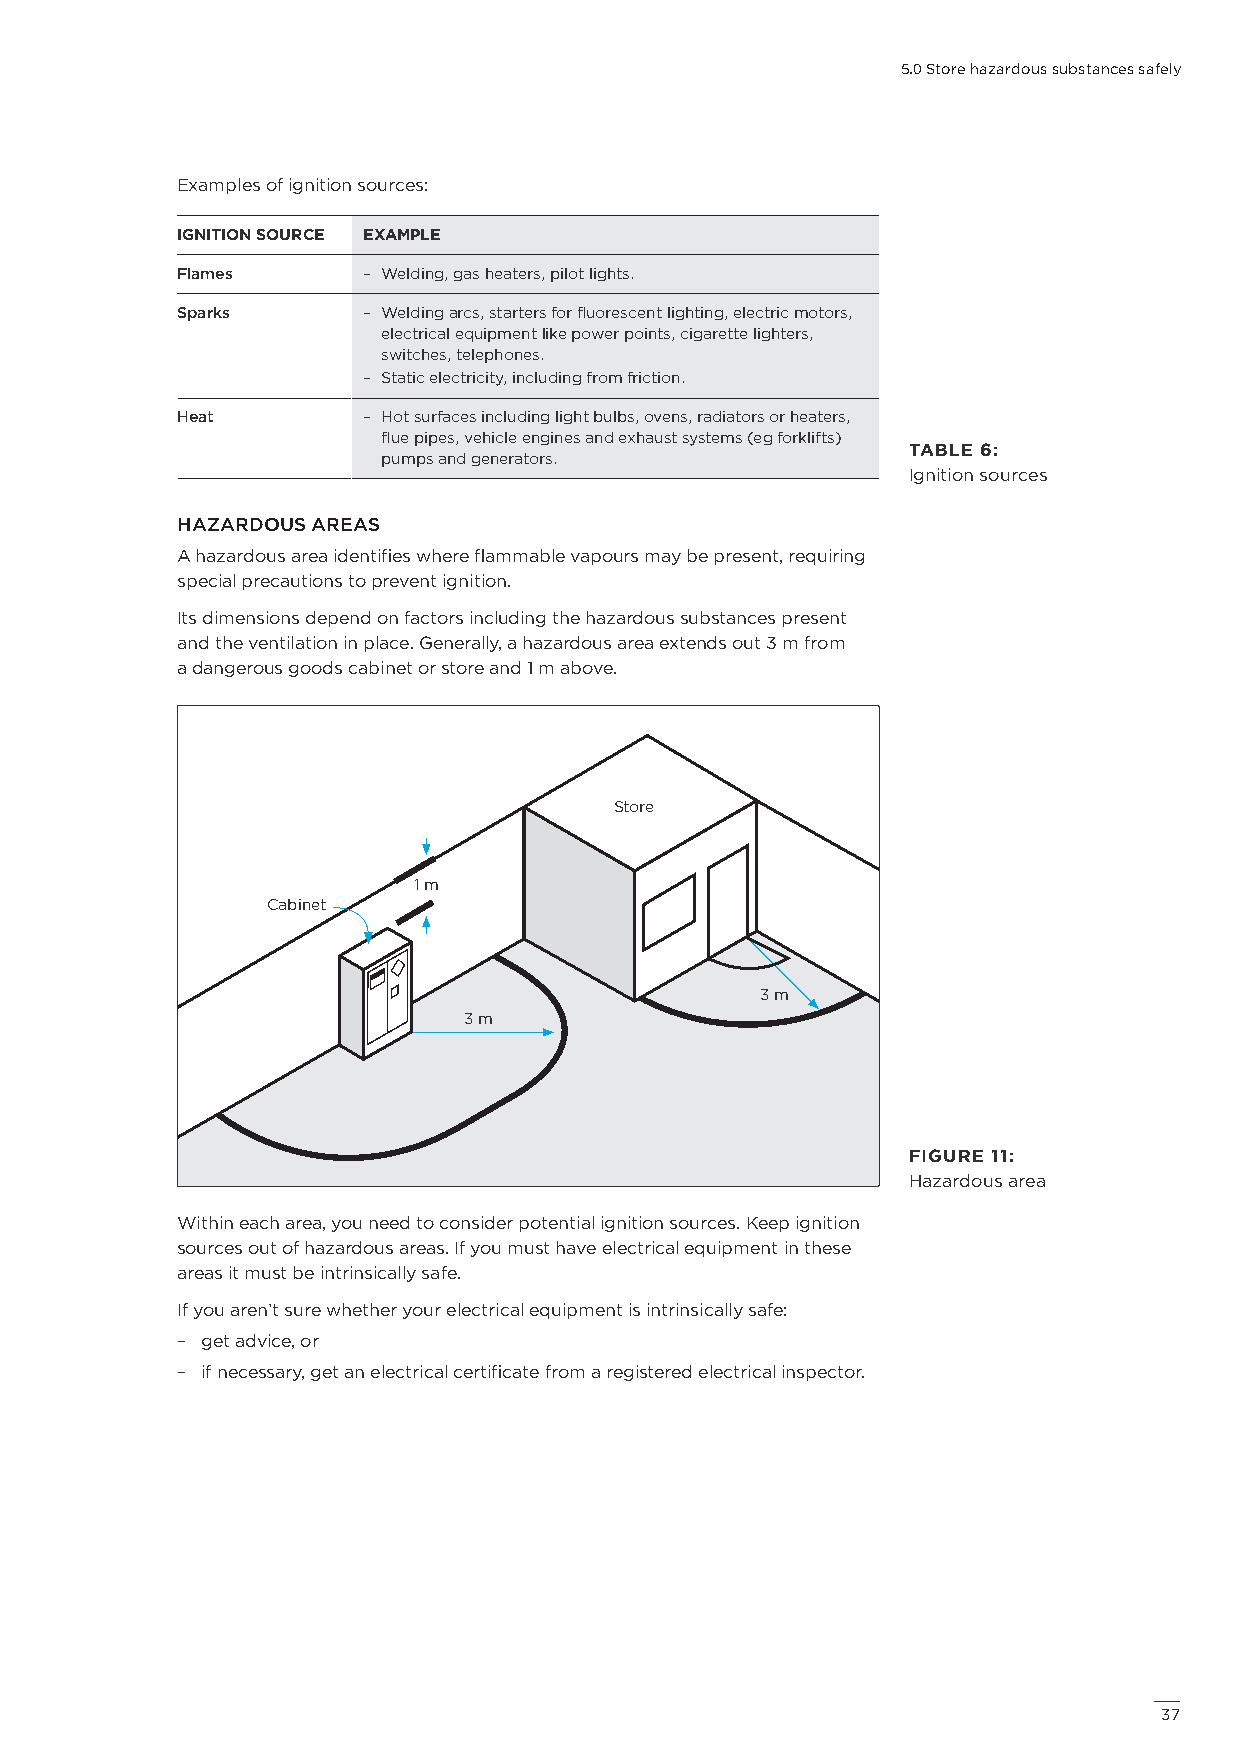
5.0 Store hazardous substances safely
 Examples of ignition sources:
 IGNITION SOURCE EXAMPLE
 Flames      – Welding, gas heaters, pilot lights.
 Sparks      – Welding arcs, starters for fluorescent lighting, electric motors,
 electrical equipment like power points, cigarette lighters,
 switches, telephones.
 – Static electricity, including from friction.
 Heat        – Hot surfaces including light bulbs, ovens, radiators or heaters,
 flue pipes, vehicle engines and exhaust systems (eg forklifts)
 TABLE 6:
 pumps and generators.
 Ignition sources
 HAZARDOUS AREAS
 A hazardous area identifies where flammable vapours may be present, requiring
 special precautions to prevent ignition.
 Its dimensions depend on factors including the hazardous substances present
 and the ventilation in place. Generally, a hazardous area extends out 3 m from
 a dangerous goods cabinet or store and 1 m above.
 Store
 1 m
 Cabinet
 3 m
 3 m
 FIGURE 11:
 Hazardous area
 Within each area, you need to consider potential ignition sources. Keep ignition
 sources out of hazardous areas. If you must have electrical equipment in these
 areas it must be intrinsically safe.
 If you aren’t sure whether your electrical equipment is intrinsically safe:
 – get advice, or
 – if necessary, get an electrical certificate from a registered electrical inspector.
 3377